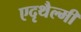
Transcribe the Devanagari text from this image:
एदृथैल्मी